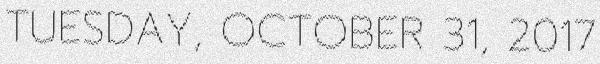
TUESDAY, OCTOBER 31, 2017